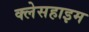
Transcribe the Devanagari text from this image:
क्लेसहाइम